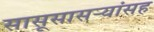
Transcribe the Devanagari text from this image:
सासूसासऱ्यांसह